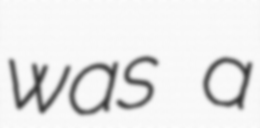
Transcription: was a